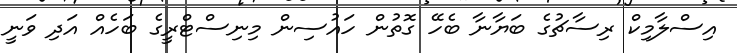
އިސްލާމިކް ރިސާޗުގެ ބަޔާނާ ބެހޭ ގޮތުން ހައުސިން މިނިސްޓްރީގެ ބަހެއް އަދި ވަނީ